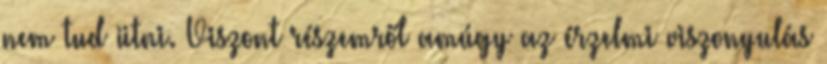
nem tud ütni. Viszont részemről amúgy az érzelmi viszonyulás